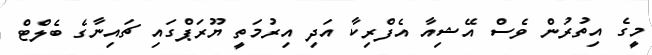
މީގެ އިތުރުން ވެސް އޭޝިއާ އެފްރިކާ އަދި އިރުމަތީ ޔޫރަޕްގައި ޗައިނާގެ ބެލްޓް